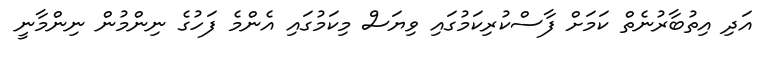
އަދި އިތުބާރުނެތް ކަމަށް ފާސްކުރިކަމުގައި ވިޔަސް މިކަމުގައި އެންމެ ފަހުގެ ނިންމުން ނިންމާނީ